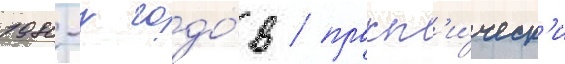
1980-х годо́в / практ'и́ческ'и